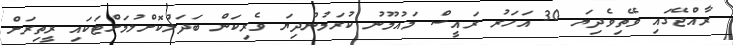
ރާއްޖޭގައި ވޭތިވެދިޔަ 30 އަހަރު ރައީސް މައުމޫނު ކުރަމުންދިޔަ ވެރިކަން ބަދަލުކޮށްލުމަށްޓަކައި ރީތިރަށް